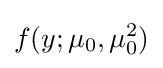
f(y;\mu _{0},\mu _{0}^{2})